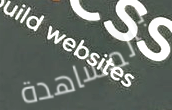
بالمشاهدة